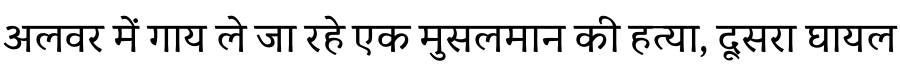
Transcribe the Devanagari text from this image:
अलवर में गाय ले जा रहे एक मुसलमान की हत्या, दूसरा घायल